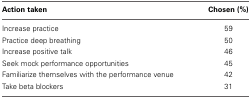
<table><thead><tr><td><b>Action taken</b></td><td><b>Chosen (%)</b></td></tr></thead><tbody><tr><td>Increase practice</td><td>59</td></tr><tr><td>Practice deep breathing</td><td>50</td></tr><tr><td>Increase positive talk</td><td>46</td></tr><tr><td>Seek mock performance opportunities</td><td>45</td></tr><tr><td>Familiarize themselves with the performance venue</td><td>42</td></tr><tr><td>Take beta blockers</td><td>31</td></tr></tbody></table>